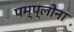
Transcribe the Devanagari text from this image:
पम्प्लोना